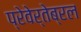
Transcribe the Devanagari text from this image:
प्रेवेर्तेब्रल